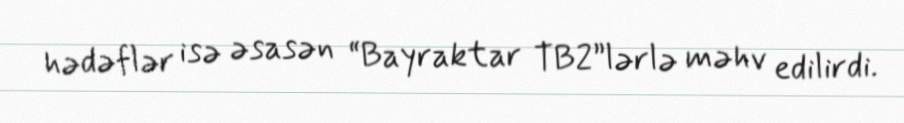
hədəflər isə əsasən “Bayraktar TB2”lərlə məhv edilirdi.